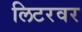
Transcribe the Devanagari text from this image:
लिटरवर